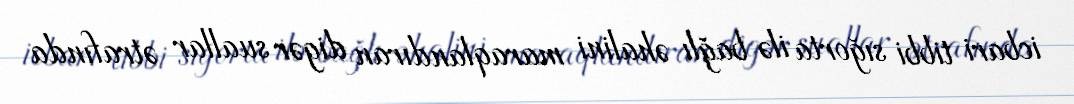
icbari tibbi sığorta ilə bağlı əhalini maraqlandıran digər suallar ətrafında